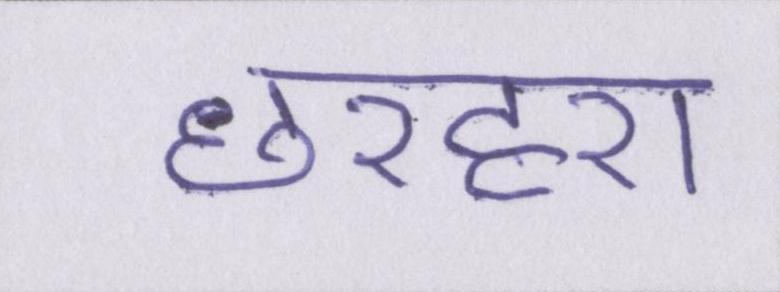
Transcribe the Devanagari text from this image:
छरहरा